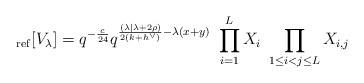
LaTeX: \begin{align*}_{\rm ref}[V_\lambda] = q^{-\frac{c}{24}} q^{\frac{(\lambda| \lambda + 2\rho) }{2(k+h^\vee)} -\lambda(x+y)}\ \prod_{i=1}^L X_i\ \prod_{1\leq i <j \leq L} X_{i,j}\end{align*}